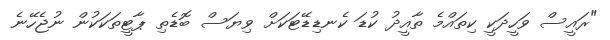
"ރައީސް ވަހީދަކީ ކިތައްމެ ތާއީދު ކުޑަ ކެނޑިޑޭޓަކަށް ވިޔަސް ބޮޑެތި ޕާޓީތަކަކުން ނުޖެހޭނެ